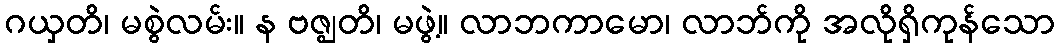
ဂယှတိ၊ မစွဲလမ်း။ န ဗဇ္ဈတိ၊ မဖွဲ့။ လာဘကာမော၊ လာဘ်ကို အလိုရှိကုန်သော